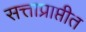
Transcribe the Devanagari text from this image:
सत्ताप्राप्तीत